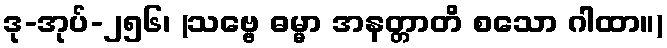
ဒု-အုပ်-၂၅၆၊ (သဗ္ဗေ ဓမ္မာ အနတ္တာတိ စသော ဂါထာ။)